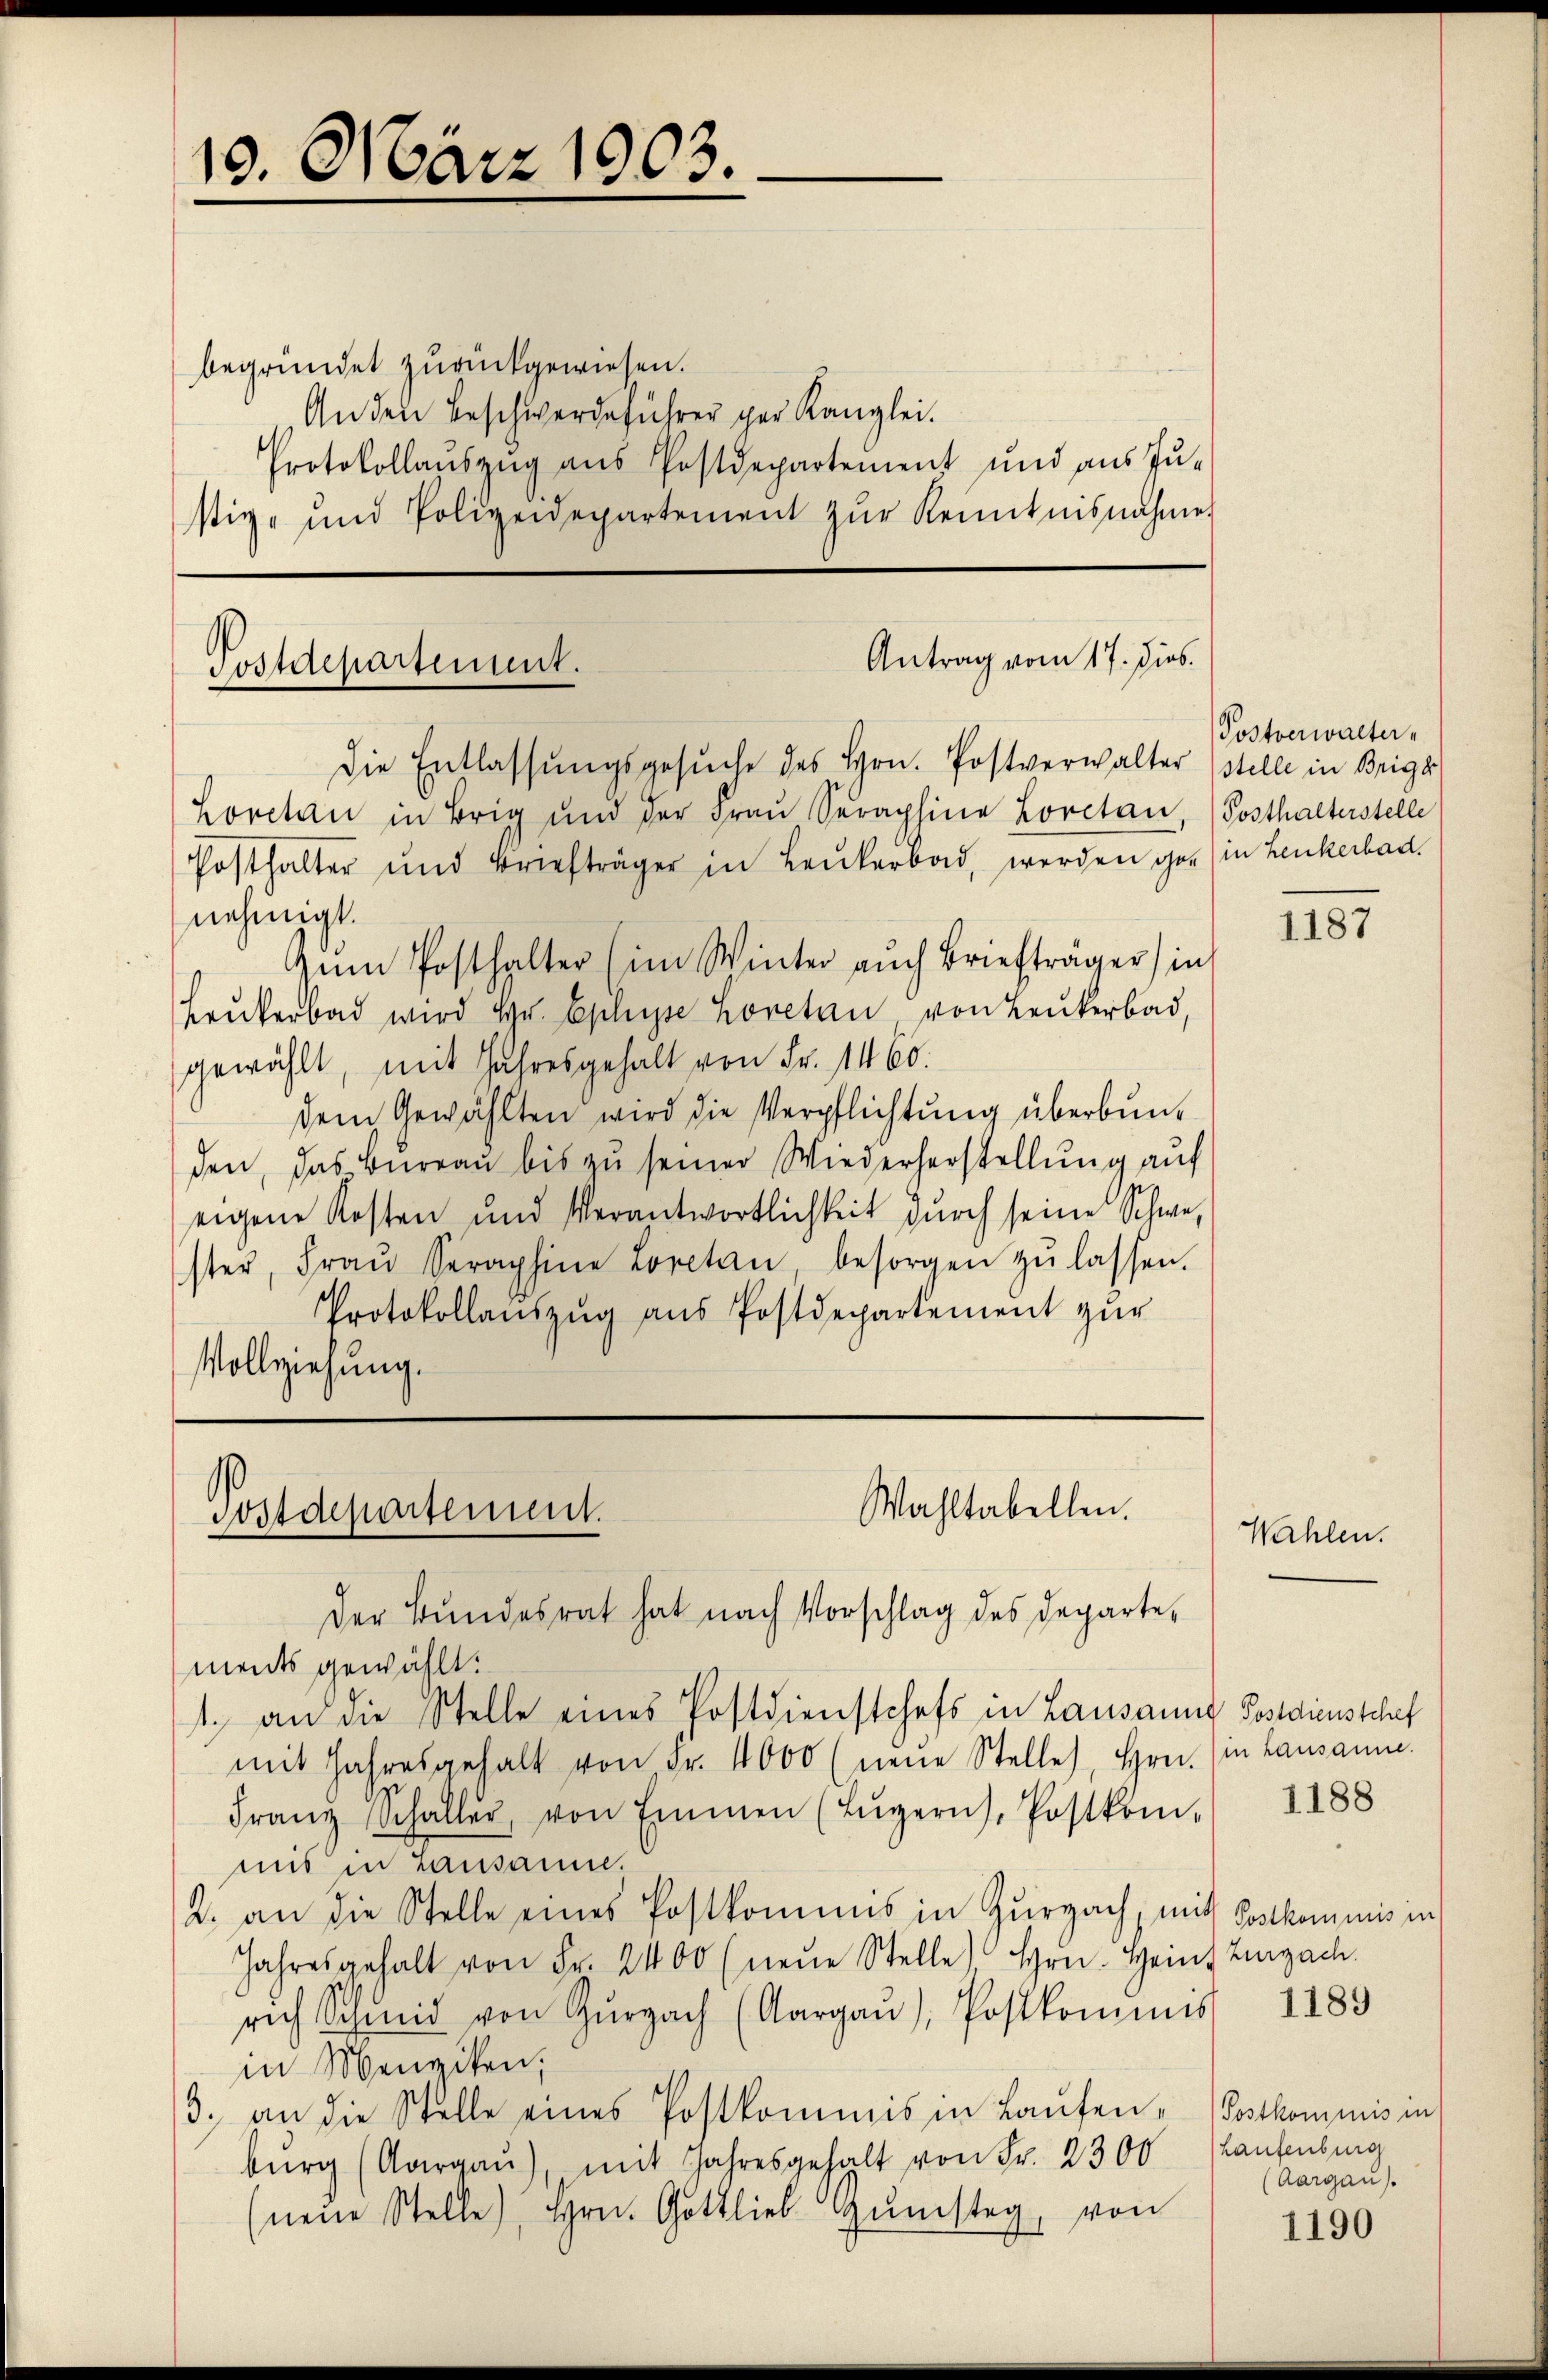
19. März 1903.

begründet zurückgewiesen.
An den Beschwerdeführer per Kanzlei.
Protokollaŭszŭg ans Postdepartement und aus Jŭ-
stiz- und Polizeidepartement zŭr Kenntnisnahme

Antrag vom 17. dies
Postdepartement.
Die Entlassŭngsgesŭche des Hrn. Postverwalter stelle in Briga

Loretan in Brig und der Fraŭ Seraphine Loretan, (Posthalterstelle
Posthalter und Briefträger in Leukerbad, werden ge- in Lenkerbad.

Wahltabellen.
Postdepartement.
Der Bundesrat hat nach Vorschlag des Departe¬

nehmigt.
zŭm Posthalter (im Winter aŭch Briefträger) in
Brukerbad wird Hr. Eplisse Loretan von Leukerbad,
gewählt, mit Jahresgehalt von Fr. 1460.
dem Gewählten wird die Verpflichtung überbunden, das Bureau bis zu seiner Wiederherstellung auf
zie
eigene Kosten und Verantwortlichkeit durch seine Schwester, Fraŭ Seraphine Loretan besorgen zŭ lassen.
Protokollauszug aus Postdepartement zur
Vollziehung.

Postverwalter

ments gewählt:
1. an die Stelle eines Postdienstchefs in Lausanne Postdienstchef
mit Jahresgehalt von Fr. 4000 (neue Stelle, Hrn. (in Lausanne.
Franz Schaller, von Emmen (Lŭzern, Postkom-
mis in rausanne.
2. an die Stelle eines Postkommis in Zurzach, mit Postkommis in
Jahresgehalt von Fr. 2400 (neŭe Stelle Hrn. Heins Zurzach
rich Schmid von Gŭrgach (Aargaŭ), Postkommis
in Menziken,
3. an die Stelle eines Postkommis in Laŭfen-Postkommnis in
bŭrg (Aargaŭ), mit Jahresgehalt von Fr. 2300 (Laufenburg
neue Stelle, Hrn. Gottlieb Gŭmstag, von

1187

Wahlen.

1188

1189

(Aargau).

1190